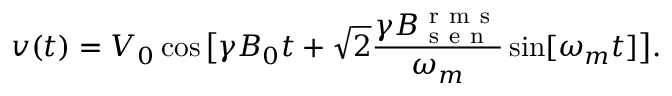
v ( t ) = V _ { 0 } \cos \big [ \gamma B _ { 0 } t + \sqrt { 2 } \frac { \gamma B _ { \mathrm { ~ s ~ e ~ n ~ } } ^ { \mathrm { ~ r ~ m ~ s ~ } } } { \omega _ { m } } \sin [ \omega _ { m } t ] \big ] .